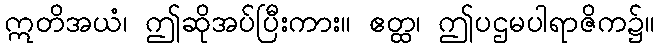
ဣတိအယံ၊ ဤဆိုအပ်ပြီးကား။ ဧတ္ထ၊ ဤပဌမပါရာဇိက၌။